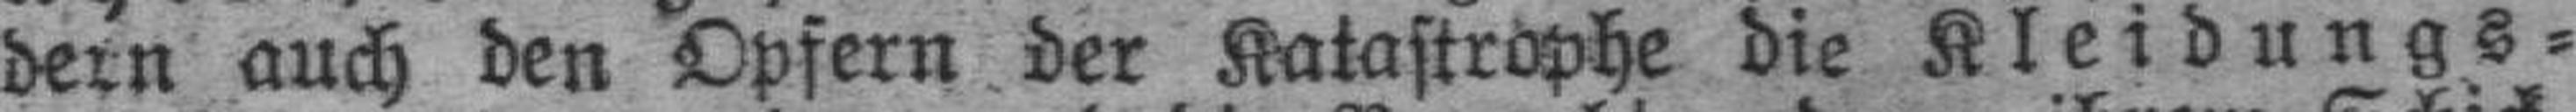
dern auch den Opfern der Katastrophe die Kleidungs¬